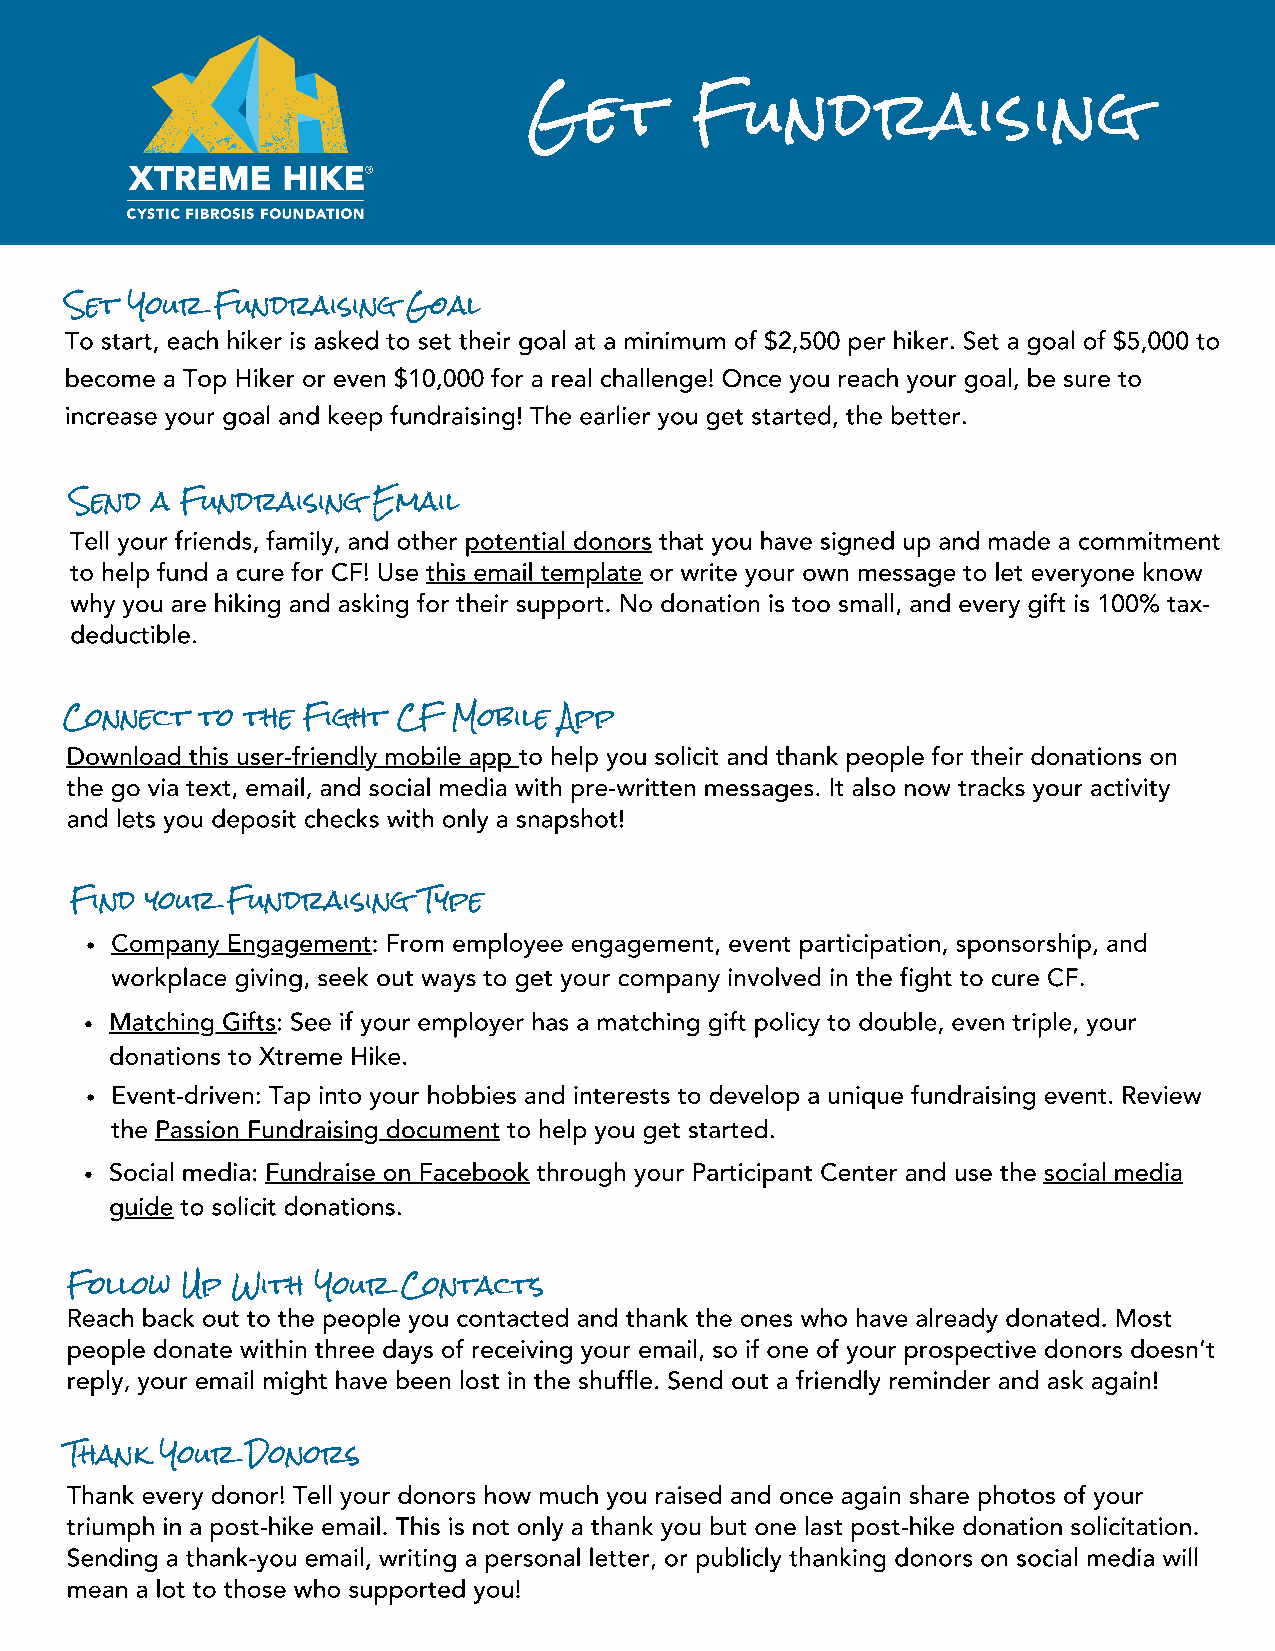
Get        Fundraising
 Set Your  Fundraising  Goal
 To start, each hiker is asked to set their goal at a minimum of $2,500 per hiker. Set a goal of $5,000 to
 become a Top Hiker or even $10,000 for a real challenge! Once you reach your goal, be sure to
 increase your goal and keep fundraising! The earlier you get started, the better.
 Send a Fundraising  Email
 Tell your friends, family, and other potential donors that you have signed up and made a commitment
 to help fund a cure for CF! Use this email template or write your own message to let everyone know
 why you are hiking and asking for their support. No donation is too small, and every gift is 100% tax-
 deductible.
 Connect  to the Fight CF  Mobile App
 Download this user-friendly mobile app to help you solicit and thank people for their donations on
 the go via text, email, and social media with pre-written messages. It also now tracks your activity
 and lets you deposit checks with only a snapshot!
 Find your Fundraising  Type
 Company Engagement: From employee engagement, event participation, sponsorship, and
 workplace giving, seek out ways to get your company involved in the fight to cure CF.
 Matching Gifts: See if your employer has a matching gift policy to double, even triple, your
 donations to Xtreme Hike.
 Event-driven: Tap into your hobbies and interests to develop a unique fundraising event. Review
 the Passion Fundraising document to help you get started.
 Social media: Fundraise on Facebook through your Participant Center and use the social media
 guide to solicit donations.
 Follow  Up With  Your  Contacts
 Reach back out to the people you contacted and thank the ones who have already donated. Most
 people donate within three days of receiving your email, so if one of your prospective donors doesn’t
 reply, your email might have been lost in the shuffle. Send out a friendly reminder and ask again!
 Thank  Your Donors
 Thank every donor! Tell your donors how much you raised and once again share photos of your
 triumph in a post-hike email. This is not only a thank you but one last post-hike donation solicitation.
 Sending a thank-you email, writing a personal letter, or publicly thanking donors on social media will
 mean a lot to those who supported you!